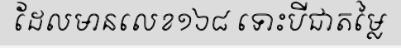
ដែលមានលេខ១៦៨ ទោះបីជាតម្លៃ